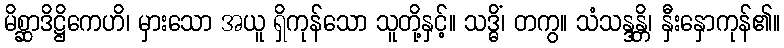
မိစ္ဆာဒိဋ္ဌိကေဟိ၊ မှားသော အယူ ရှိကုန်သော သူတို့နှင့်။ သဒ္ဓိံ၊ တကွ။ သံသန္ဒန္တိ၊ နှီးနှောကုန်၏။